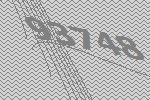
93748